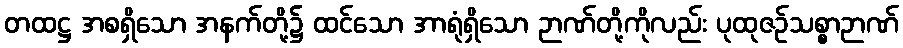
တထဋ္ဌ အစရှိသော အနက်တို့၌ ထင်သော အာရုံရှိသော ဉာဏ်တို့ကိုလည်း ပုထုဇဉ်သစ္စာဉာဏ်